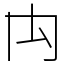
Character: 禸